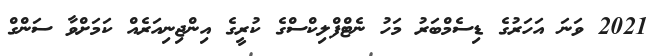
2021 ވަނަ އަހަރުގެ ޑިސެމްބަރު މަހު ނެޓްފްލިކްސްގެ ކުރީގެ އިންޖިނިއަރެއް ކަމަށްވާ ސަންގް